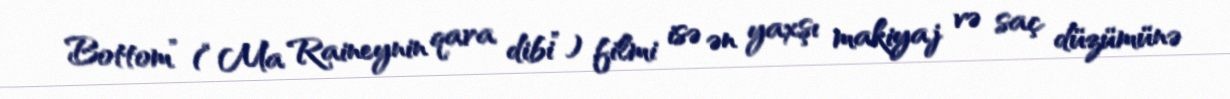
Bottom” (“Ma Raineynin qara dibi”) filmi isə ən yaxşı makiyaj və saç düzümünə